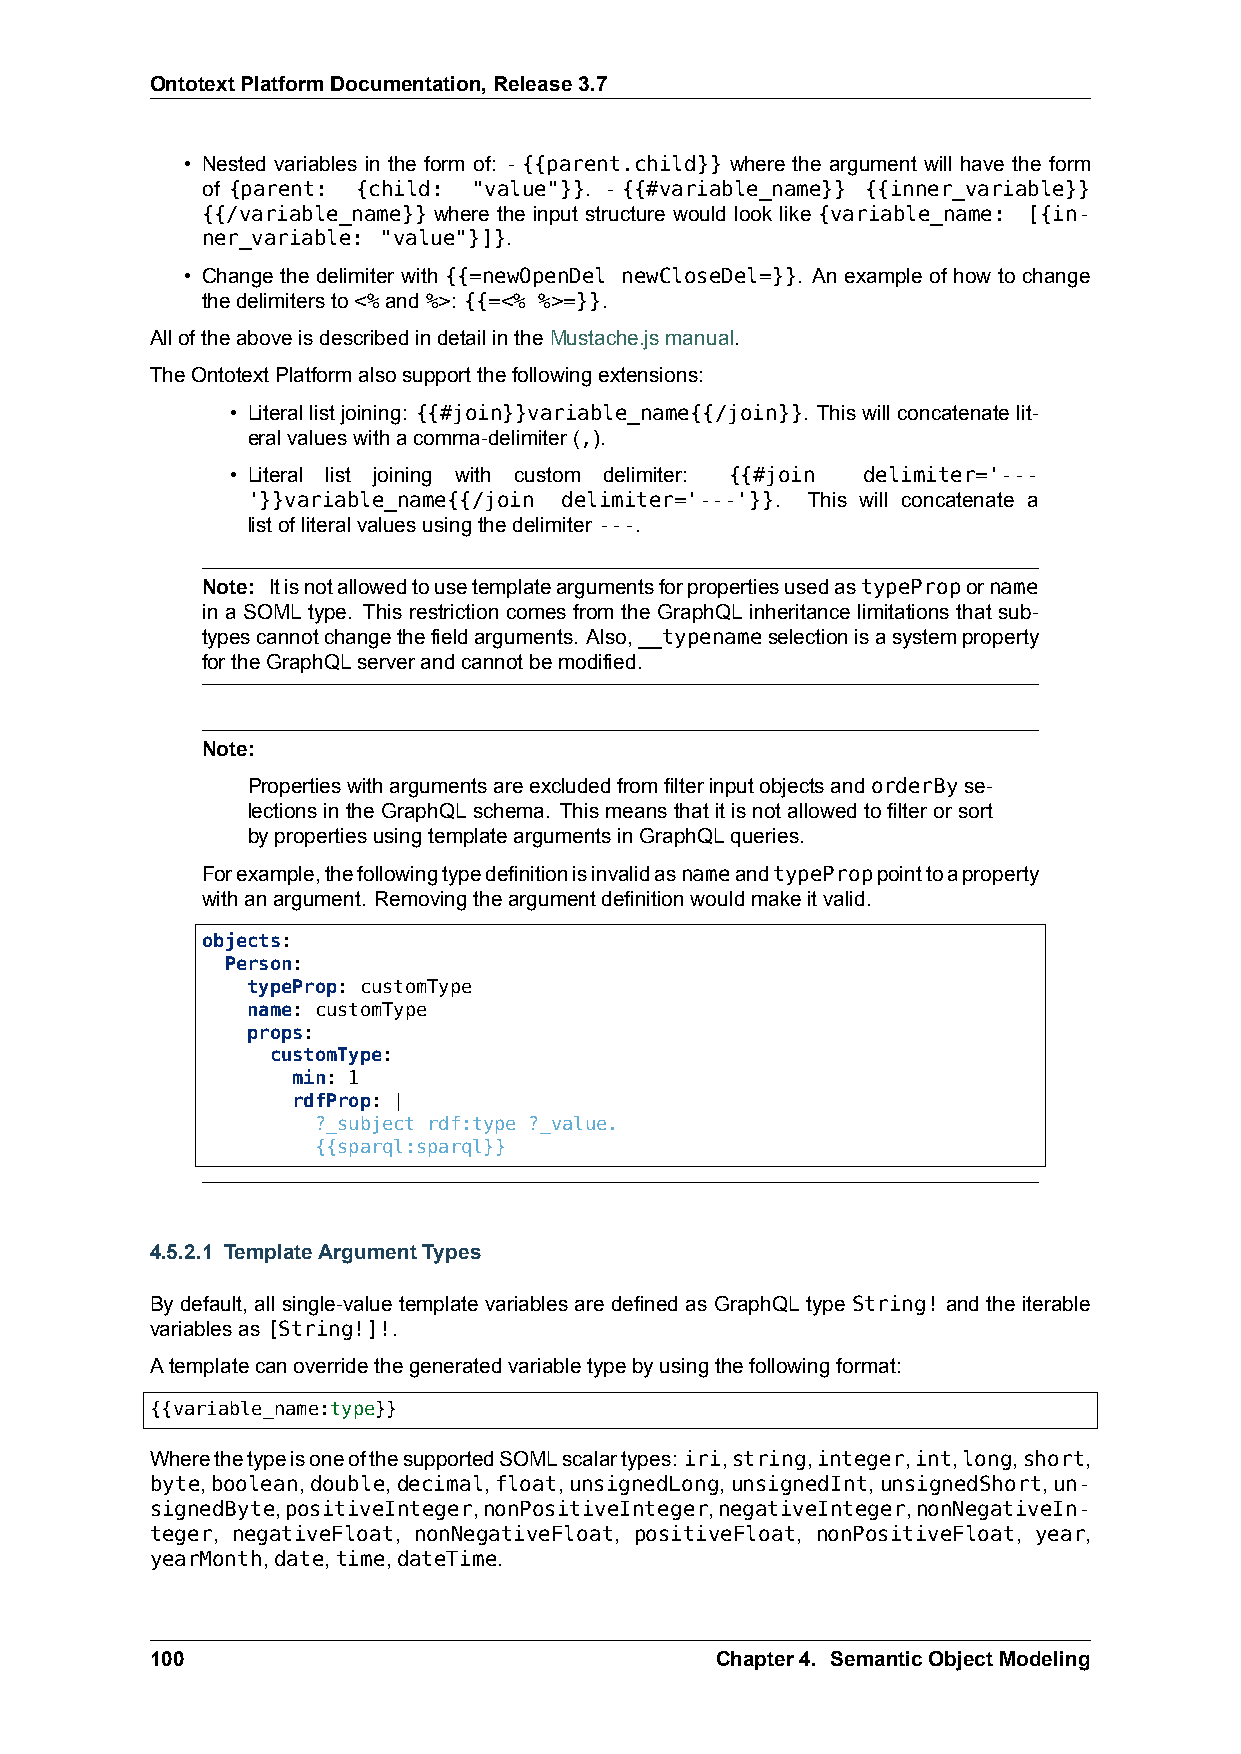
OntotextPlatformDocumentation,Release3.7
 • Nested variables in the form of: - {{parent.child}} where the argument will have the form
 of {parent: {child: "value"}}. - {{#variable_name}} {{inner_variable}}
 {{/variable_name}} where the input structure would look like {variable_name: [{in-
 ner_variable: "value"}]}.
 • Change the delimiter with {{=newOpenDel newCloseDel=}}. An example of how to change
 thedelimitersto<%and%>: {{=<% %>=}}.
 AlloftheaboveisdescribedindetailintheMustache.jsmanual.
 TheOntotextPlatformalsosupportthefollowingextensions:
 • Literallistjoining: {{#join}}variable_name{{/join}}. Thiswillconcatenatelit-
 eralvalueswithacomma-delimiter(,).
 • Literal list joining with custom delimiter: {{#join delimiter='---
 '}}variable_name{{/join delimiter='---'}}. This will concatenate a
 listofliteralvaluesusingthedelimiter---.
 Note: ItisnotallowedtousetemplateargumentsforpropertiesusedastypeProporname
 in a SOML type. This restriction comes from the GraphQL inheritance limitations that sub-
 typescannotchangethefieldarguments. Also,__typenameselectionisasystemproperty
 fortheGraphQLserverandcannotbemodified.
 Note:
 PropertieswithargumentsareexcludedfromfilterinputobjectsandorderByse-
 lectionsintheGraphQLschema. Thismeansthatitisnotallowedtofilterorsort
 bypropertiesusingtemplateargumentsinGraphQLqueries.
 Forexample,thefollowingtypedefinitionisinvalidasnameandtypeProppointtoaproperty
 withanargument. Removingtheargumentdefinitionwouldmakeitvalid.
 objects:
 Person:
 typeProp: customType
 name: customType
 props:
 customType:
 min: 1
 rdfProp: |
 ?_subject rdf:type ?_value.
 {{sparql:sparql}}
 4.5.2.1 TemplateArgumentTypes
 By default, all single-value template variables are defined as GraphQL type String! and the iterable
 variablesas[String!]!.
 Atemplatecanoverridethegeneratedvariabletypebyusingthefollowingformat:
 {{variable_name:type}}
 WherethetypeisoneofthesupportedSOMLscalartypes: iri,string,integer,int,long,short,
 byte,boolean,double,decimal,float,unsignedLong,unsignedInt,unsignedShort,un-
 signedByte,positiveInteger,nonPositiveInteger,negativeInteger,nonNegativeIn-
 teger, negativeFloat, nonNegativeFloat, positiveFloat, nonPositiveFloat, year,
 yearMonth,date,time,dateTime.
 100                                  Chapter4. SemanticObjectModeling